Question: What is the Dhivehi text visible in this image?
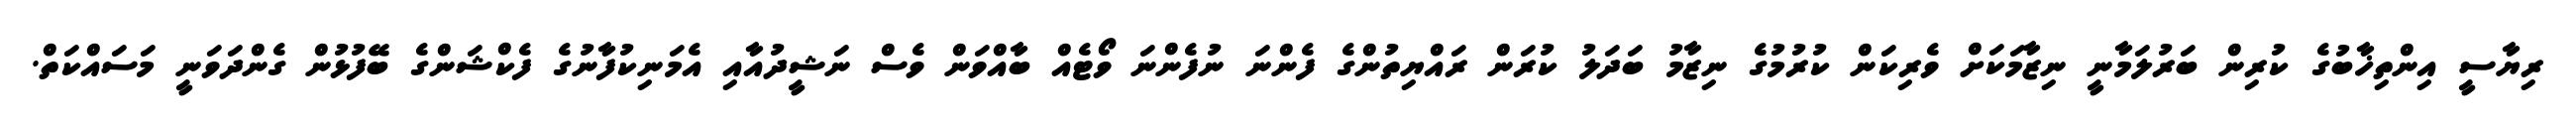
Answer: ރިޔާސީ އިންތިޚާބުގެ ކުރިން ބަރުލަމާނީ ނިޒާމަކަށް ވެރިކަން ކުރުމުގެ ނިޒާމު ބަދަލު ކުރަން ރައްޔިތުންގެ ފެންނަ ނުފެންނަ ވޯޓެއް ބާއްވަން ވެސް ނަޝީދުއާއި އެމަނިކުފާނުގެ ފެކްޝަންގެ ބޭފުޅުން ގެންދަވަނީ މަސައްކަތް.